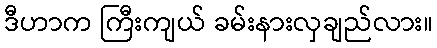
ဒီဟာက ကြီးကျယ် ခမ်းနားလှချည်လား။